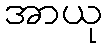
အာယု